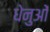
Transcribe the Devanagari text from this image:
धेनुओं